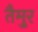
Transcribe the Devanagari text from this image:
तैमु्र